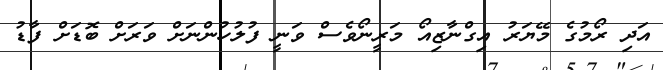
އަދި ރޯމުގެ މޭޔަރު އިގްނާޒިއޯ މަރީނޯވެސް ވަނީ ފުލުހުންނަށް ވަރަށް ބޮޑަށް ފާޑު